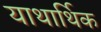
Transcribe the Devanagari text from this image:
याथार्थिक